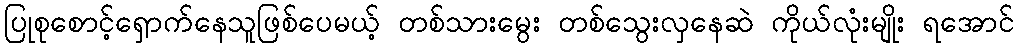
ပြုစုစောင့်ရှောက်နေသူဖြစ်ပေမယ့် တစ်သားမွေး တစ်သွေးလှနေဆဲ ကိုယ်လုံးမျိုး ရအောင်